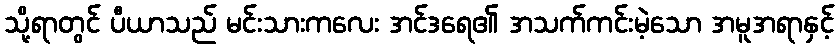
သို့ရာတွင် ပီယာသည် မင်းသားကလေး အင်ဒရေ၏ အသက်ကင်းမဲ့သော အမူအရာနှင့်